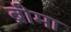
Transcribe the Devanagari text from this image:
ब्रीमा